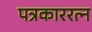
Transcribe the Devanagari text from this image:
पत्रकाररत्न